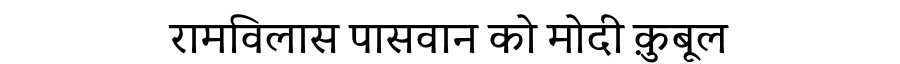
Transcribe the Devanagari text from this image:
रामविलास पासवान को मोदी क़ुबूल